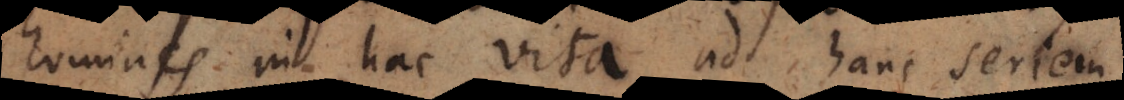
homines in hac vita ad hanc seriem